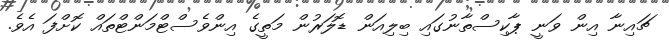
ޗައިނާ އިން ވަނީ ޕާކިސްތާނުގައި ބިލިއަން ޑޮލަރުން މަތީގެ އިންވެސްޓްމަންޓްތައް ކޮށްފަ އެވެ.